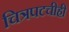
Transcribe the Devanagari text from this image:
चित्रपटचीही